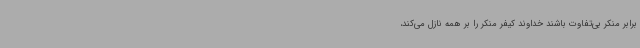
برابر منکر بی‌تفاوت باشند خداوند کیفر منکر را بر همه نازل می‌کند،